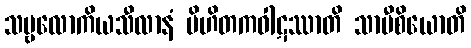
သဗ္ဗလောကိယသီလာနံ ပိဟိတကဝါဋဿာတိ သာမီစိယောတိ